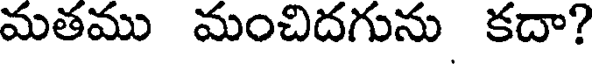
మతము మంచిదగును కదా?